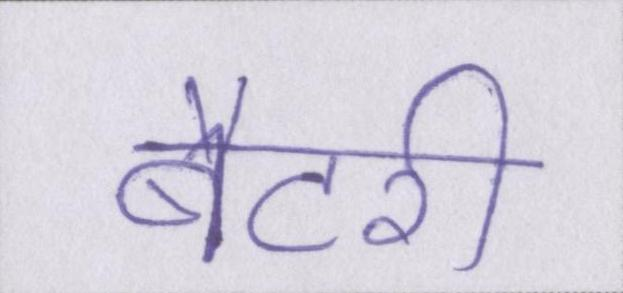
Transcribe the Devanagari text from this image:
बैटरी